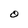
Character: O